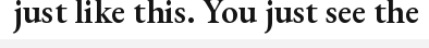
just like this. You just see the